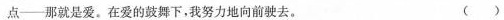
点——那就是爱。在爱的鼓舞下，我努力地向前驶去。 ()